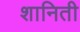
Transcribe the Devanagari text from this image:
शानिती